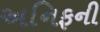
અનિફની